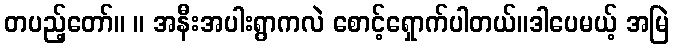
တပည့်တော်။ ။ အနီးအပါးရွာကလဲ စောင့်ရှောက်ပါတယ်။ဒါပေမယ့် အမြဲ